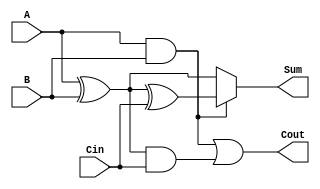
module ConditionalSumFullAdder (
    input wire A,      // 1-bit binary input A
    input wire B,      // 1-bit binary input B
    input wire Cin,    // 1-bit carry input
    output wire Sum,   // 1-bit output for Sum
    output wire Cout   // 1-bit output for Carry out
);

    // Intermediate signals
    wire S1, C1, S2, C2;

    // Calculate S1 and C1 (when Cin is 0)
    assign S1 = A ^ B;          // S1 = A  B
    assign C1 = A & B;          // C1 = A & B

    // Calculate S2 and C2 (when Cin is 1)
    assign S2 = S1 ^ Cin;       // S2 = S1  Cin
    assign C2 = S1 & Cin;       // C2 = S1 & Cin

    // Final outputs
    assign Sum = C1 ? S2 : S1;  // Multiplexer for Sum based on C1
    assign Cout = C1 | C2;      // Cout = C1  C2

endmodule